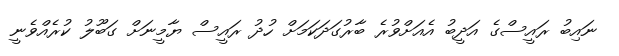
ނައިބު ރައީސްގެ އަދީބު އެއަށްވުރެ ބާރުގަދަކަމަށް ހުދު ރައީސް ޔާމީނަށް ގަބޫލު ކުރެއްވެނީ